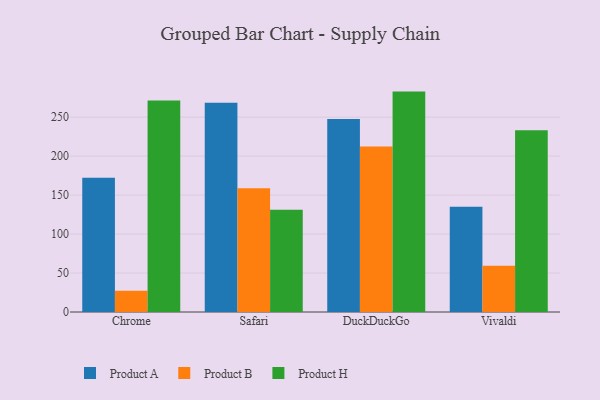
{"axis": {"x": "Browser", "y": "Tickets Resolved"}, "legend": ["Product A", "Product B", "Product H"], "data": [{"x": "Chrome", "y": 172.1, "type": "Product A"}, {"x": "Chrome", "y": 27.2, "type": "Product B"}, {"x": "Chrome", "y": 271.4, "type": "Product H"}, {"x": "Safari", "y": 268.6, "type": "Product A"}, {"x": "Safari", "y": 158.8, "type": "Product B"}, {"x": "Safari", "y": 131.3, "type": "Product H"}, {"x": "DuckDuckGo", "y": 247.5, "type": "Product A"}, {"x": "DuckDuckGo", "y": 212.4, "type": "Product B"}, {"x": "DuckDuckGo", "y": 282.8, "type": "Product H"}, {"x": "Vivaldi", "y": 135.1, "type": "Product A"}, {"x": "Vivaldi", "y": 59.4, "type": "Product B"}, {"x": "Vivaldi", "y": 233.1, "type": "Product H"}]}